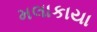
મલાકાયા